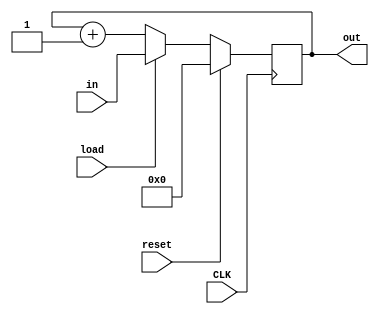
module PC(
  input [15:0] in,
  input load, reset,
  output [15:0] out,
  input CLK
  );
   
  reg [15:0] out = 16'b0;
  always @(posedge CLK) begin
    if (reset)
      out <= 16'b0;
    else if (load)
      out <= in;
    else
      out <= out + 16'b1;
  end

endmodule